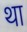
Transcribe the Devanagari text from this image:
था